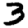
Digit: 3